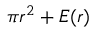
\, \pi r ^ { 2 } + E ( r )